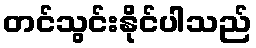
တင်သွင်းနိုင်ပါသည်